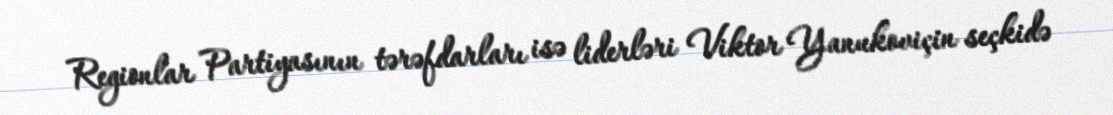
Regionlar Partiyasının tərəfdarları isə liderləri Viktor Yanukoviçin seçkidə